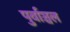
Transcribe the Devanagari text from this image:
पुर्वाञ्चल